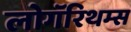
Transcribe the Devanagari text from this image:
लोगॅरिथम्स